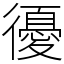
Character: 𢖒